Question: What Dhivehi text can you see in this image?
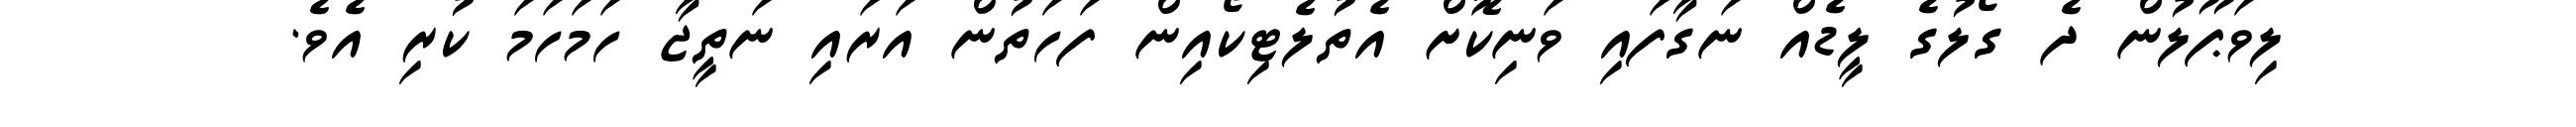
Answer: ލިވަޕޫލުން ދެ ގޯލުގެ ލީޑެއް ނަގާފައި ވަނިކޮށް އެތުލެޓިކޯއިން ފަހަތުން އަރައި ނަތީޖާ ހަމަހަމަ ކުރި އެވެ.